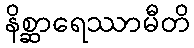
နိစ္ဆာရေဿာမီတိ